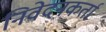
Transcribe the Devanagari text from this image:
निवेदनकर्ता